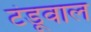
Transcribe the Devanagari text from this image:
टंडूवाल